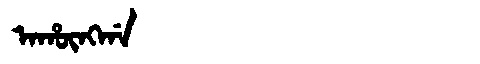
Manchu: ᠠᡥᡡᠩᡤᠠ
Romanization: AHŪNGGA